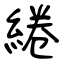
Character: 綣